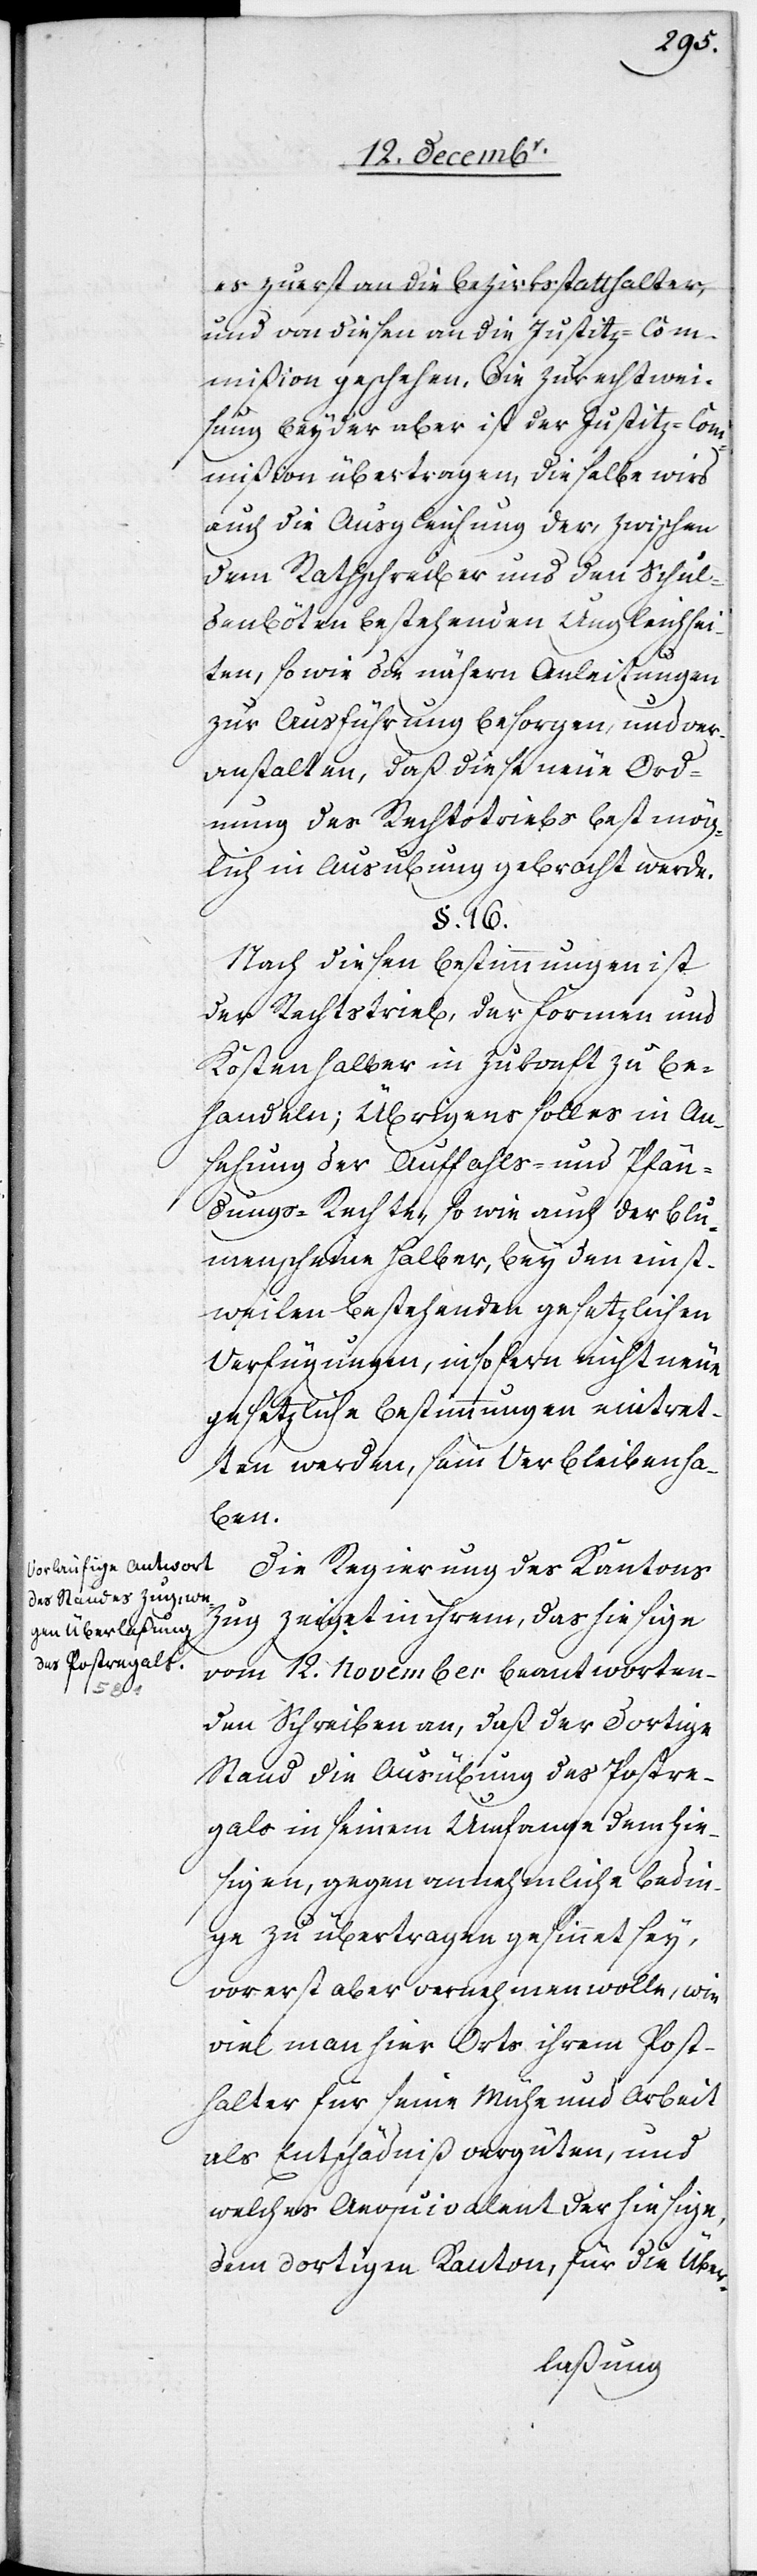
es zuerst an die Bezirksstatthalter,
und von diesen an die Justitz-Com¬
mißion geschehen, die Zurechtwei¬
sung beyder aber ist der Justitz-Com¬
mißion übertragen, dieselbe wird
auch die Ausgleichung der, zwischen
dem Rathschreiber und den Schul¬
denböten bestehenden Ungleichhei¬
ten, so wie die nähern Anleitungen
zur Ausführung besorgen, und ver¬
anstalten, daß diese neue Ord¬
nung des Rechtstriebs bestmög¬
lich in Ausübung gebracht werde.
§. 16.
Nach diesen Bestimmungen ist
der Rechtstrieb, der Formen und
Kosten halber in Zukonft zu be¬
handeln; Übrigens soll es in An¬
sehung der Auffahls- und Pfän¬
dungs-Rechte, so wie auch der Blu¬
menscheine halber, bey den einst¬
weilen bestehenden gesetzlichen
Verfügungen, insofern nicht neue
gesetzliche Bestimmungen eintret¬
ten werden, sein Verbleiben ha¬
ben.
Die Regierung des Kantons
Zug zeiget in ihrem, das hiesige
vom 12. November beantworten¬
den Schreiben an, daß der dortige
Stand die Ausübung des Postre¬
gals in seinem Umfange dem hie¬
sigen, gegen annehmliche Bedin¬
ge zu übertragen gesinnet sey,
vorerst aber vernehmen wolle, wie
viel man hier Orts ihrem Post¬
halter für seine Mühe und Arbeit
als Entschädniß vergüten, und
welches Aequivalent der hiesige,
dem dortigen Kanton, für die Über-